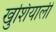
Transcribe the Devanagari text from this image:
खुशियाली